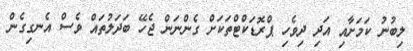
ލިބުނު ކަމަށާއި އަދި ދިވެހި ޕްރޮޑަކްޓްތަކަށް ގެންނަން ޖެހޭ ބަދަލުތައް ވެސް އެނގިގެން